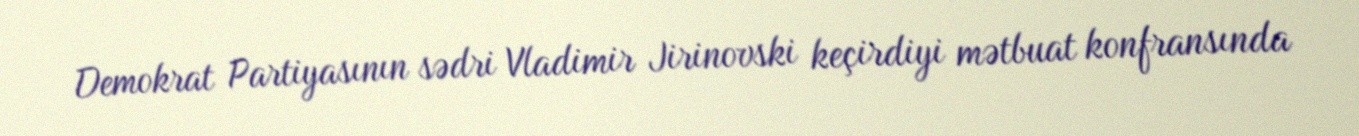
Demokrat Partiyasının sədri Vladimir Jirinovski keçirdiyi mətbuat konfransında